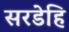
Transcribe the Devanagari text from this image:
सरडेहि